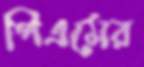
পিএমের